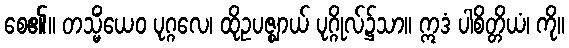
စေ၏။ တသ္မိံယေဝ ပုဂ္ဂလေ၊ ထိုဥပဇ္ဈာယ် ပုဂ္ဂိုလ်၌သာ။ ဣဒံ ပါစိတ္တိယံ၊ ကို။